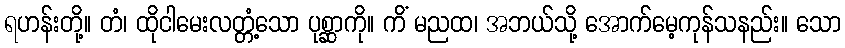
ရဟန်းတို့။ တံ၊ ထိုငါမေးလတ္တံ့သော ပုစ္ဆာကို။ ကိံ မညထ၊ အဘယ်သို့ အောက်မေ့ကုန်သနည်း။ သော